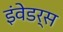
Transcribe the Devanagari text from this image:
इंवेडर्स